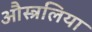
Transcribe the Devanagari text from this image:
औस्त्रलिया